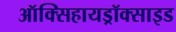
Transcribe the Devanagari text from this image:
ऑक्सिहायड्रॉक्साइड